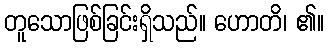
တူသောဖြစ်ခြင်းရှိသည်။ ဟောတိ၊ ၏။